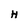
Character: H